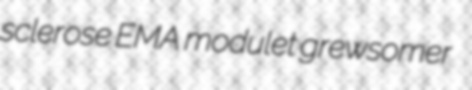
sclerose EMA modulet grewsomer